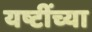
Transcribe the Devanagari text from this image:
यष्टींच्या